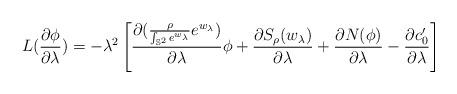
LaTeX: \begin{align*}L(\frac{\partial\phi}{\partial\lambda})=-\lambda^2\left[\frac{\partial (\frac{\rho}{\int_{\mathbb{S}^2}e^{w_{\lambda}}}e^{w_{\lambda}})}{\partial\lambda}\phi+\frac{\partial S_{\rho}(w_{\lambda})}{\partial\lambda}+\frac{\partial N(\phi)}{\partial\lambda}-\frac{\partial c'_0}{\partial\lambda}\right]\end{align*}